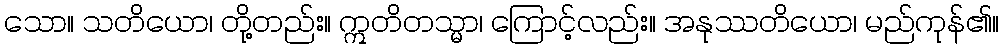
သော။ သတိယော၊ တို့တည်း။ ဣတိတသ္မာ၊ ကြောင့်လည်း။ အနုဿတိယော၊ မည်ကုန်၏။